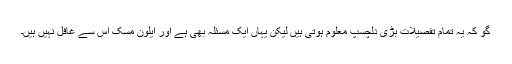
گو کہ یہ تمام تفصیلات بڑی دلچسپ معلوم ہوتی ہیں لیکن یہاں ایک مسئلہ بھی ہے اور ایلون مُسک اس سے غافل نہیں ہیں۔